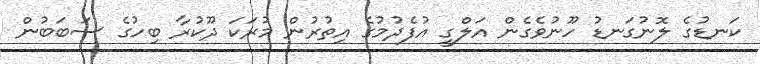
ކަނޑުގެ ލޮނުގަނޑު ހޫނުވެގެން އަލްގީ އުފެދުމުގެ އިތުރުން މުރަކަ ދޫކުރާ ބިހުގެ ސަބަބުން